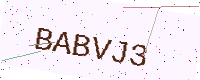
Text: BABVJ3